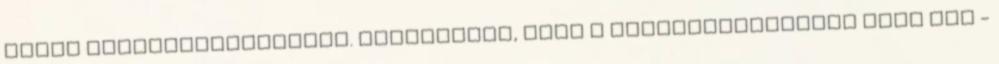
elnök felfüggesztéséről. Hozzátette, hogy a Szociáldemokrata Párt PSD -